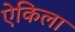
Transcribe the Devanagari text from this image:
ऐकिला